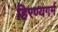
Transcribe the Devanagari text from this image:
हिरण्यगर्म